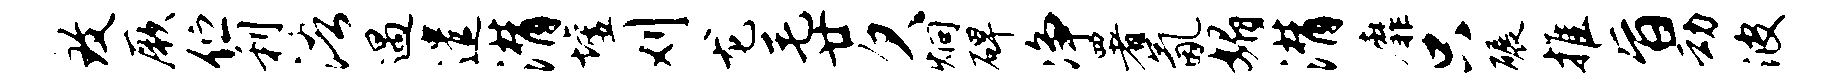
致厥伫利浯遇遣潸墟刈龙毛廿欠炯碑净署氤媚潸靡只碾推旨动波